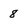
Character: 8